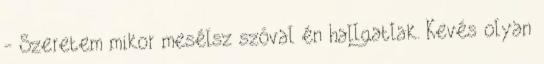
- Szeretem mikor mesélsz szóval én hallgatlak. Kevés olyan